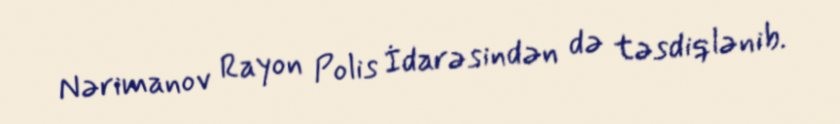
Nərimanov Rayon Polis İdarəsindən də təsdiqlənib.